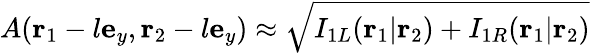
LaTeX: A(\mathbf{r}_{1}-l\mathbf{e}_{y},\mathbf{r}_{2}-l\mathbf{e}_{y})\approx\sqrt{I_{1L}(\mathbf{r}_{1}|\mathbf{r}_{2})+I_{1R}(\mathbf{r}_{1}|\mathbf{r}_{2})}